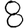
Digit: 8